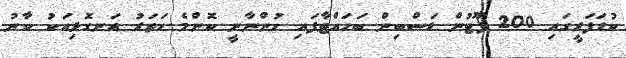
ކުޑަފަރީގައި 200 ފޫޓުން ޑަސްބިން ބަހައްޓާފައި ހުންނާނީ ކޮންމެ ހަތަރު އަނގޮޅިއަކު ކާނު